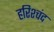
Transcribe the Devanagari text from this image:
हरिश्चंद